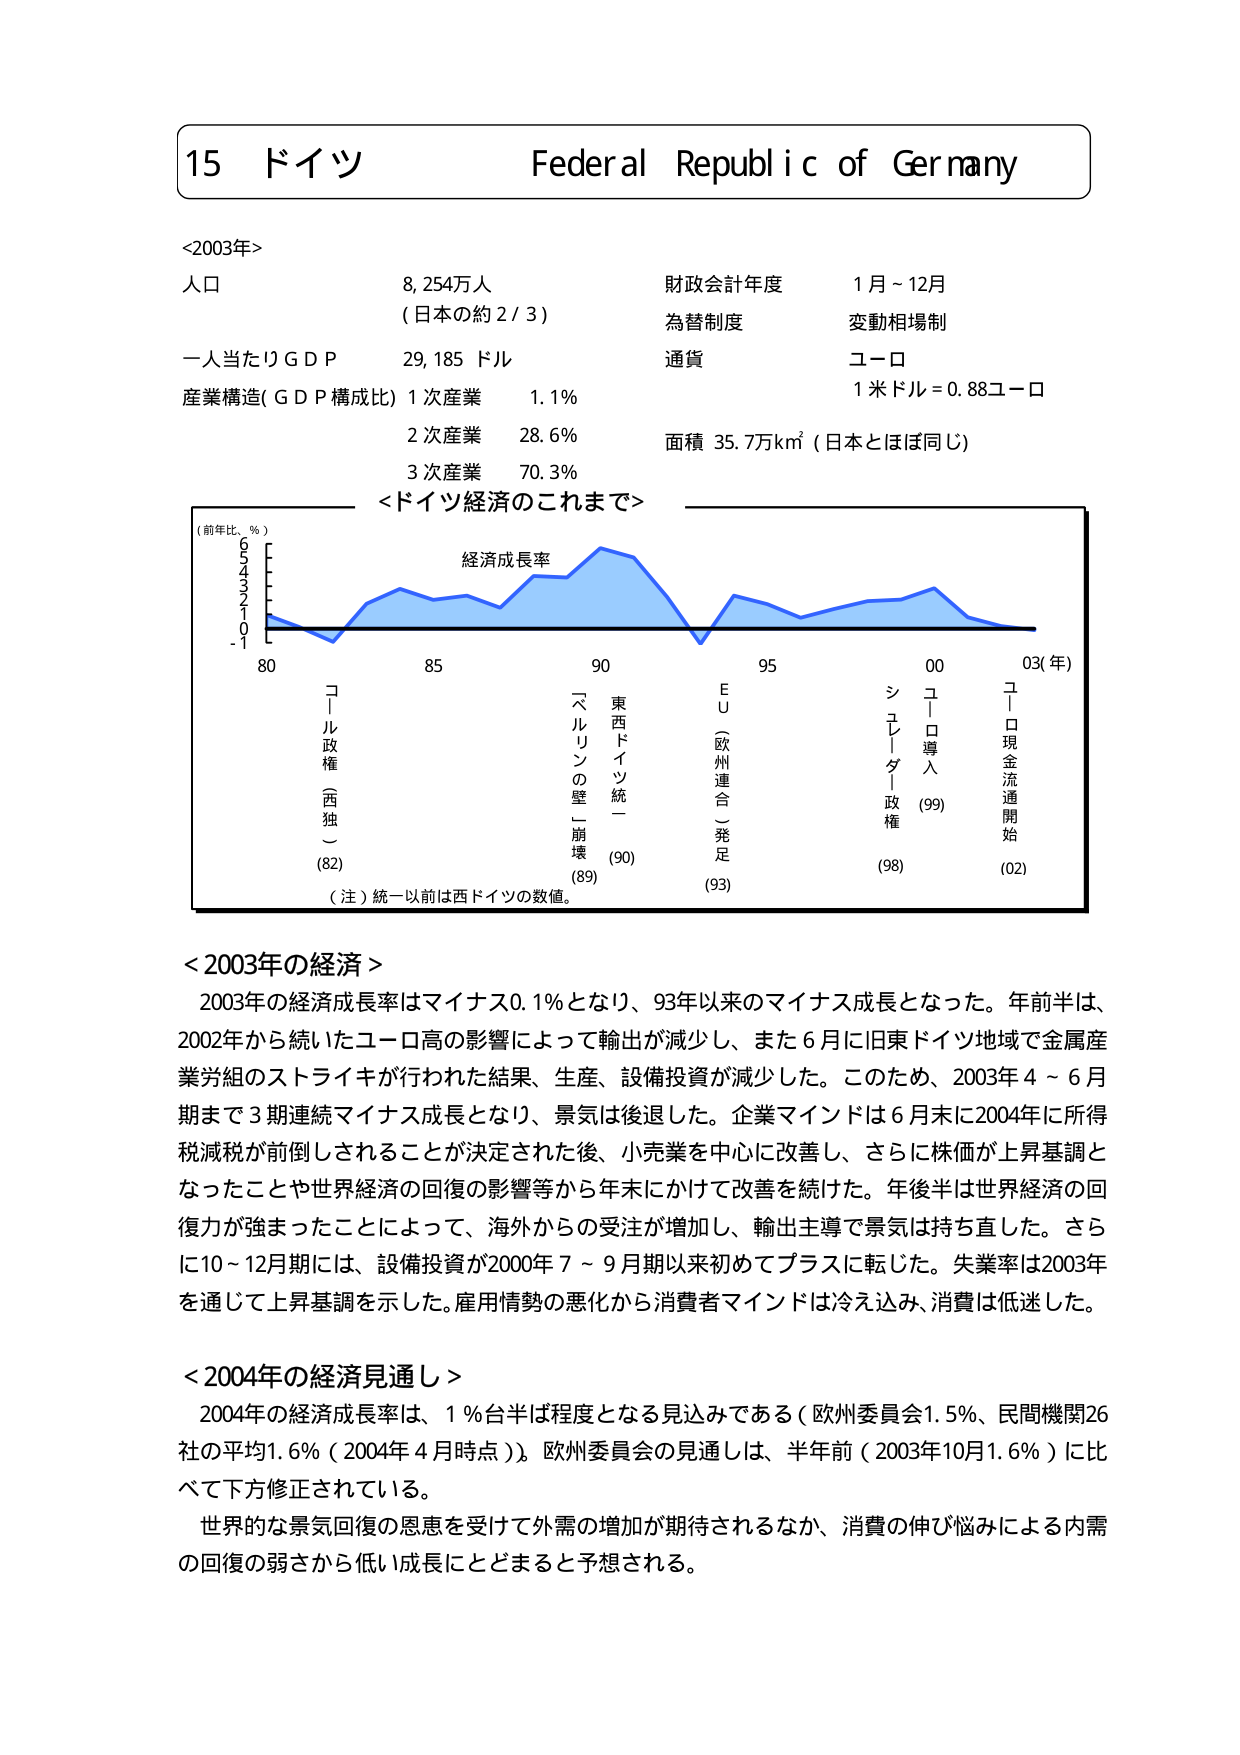
15 ドイツ Federal Republic of Germany

<2003年>
人口 8,254万人 （日本の約2/3）
一人当たりGDP 29,185ドル
産業構造（GDP構成比） 1次産業 1.1%
2次産業 28.6%
3次産業 70.3%

財政会計年度 1月～12月
為替制度 変動相場制
通貨 ユーロ
1米ドル＝0.88ユーロ
面積 35.7万km²（日本とほぼ同じ）

<ドイツ経済のこれまで>
（前年比、％）
経済成長率
-1 0 1 2 3 4 5 6
80 85 90 95 00 03（年）
コール政権（西独）（82）
ベルリンの壁崩壊（89）
東西ドイツ統一（90）
EU（欧州連合）発足（93）
シュレーダー政権（98）
ユーロ導入（99）
ユーロ現金流通開始（02）
（注）統一以前は西ドイツの数値。

<2003年の経済>
2003年の経済成長率はマイナス0.1％となり、93年以来のマイナス成長となった。年前半は、2002年から続いたユーロ高の影響によって輸出が減少し、また6月に旧東ドイツ地域で金属産業労組のストライキが行われた結果、生産、設備投資が減少した。このため、2003年4～6月期まで3期連続マイナス成長となり、景気は後退した。企業マインドは6月末に2004年に所得税減税が前倒しされることが決定された後、小売業を中心に改善し、さらに株価が上昇基調となったことや世界経済の回復の影響等から年末にかけて改善を続けた。年後半は世界経済の回復力が強まったことによって、海外からの受注が増加し、輸出主導で景気は持ち直した。さらに10～12月期には、設備投資が2000年7～9月期以来初めてプラスに転じた。失業率は2003年を通じて上昇基調を示した。雇用情勢の悪化から消費者マインドは冷え込み、消費は低迷した。

<2004年の経済見通し>
2004年の経済成長率は、1％台半ば程度となる見込みである（欧州委員会1.5％、民間機関26社の平均1.6％（2004年4月時点））。欧州委員会の見通しは、半年前（2003年10月1.6％）に比べて下方修正されている。
世界的な景気回復の恩恵を受けて外需の増加が期待されるなか、消費の伸び悩みによる内需の回復の弱さから低い成長にとどまると予想される。